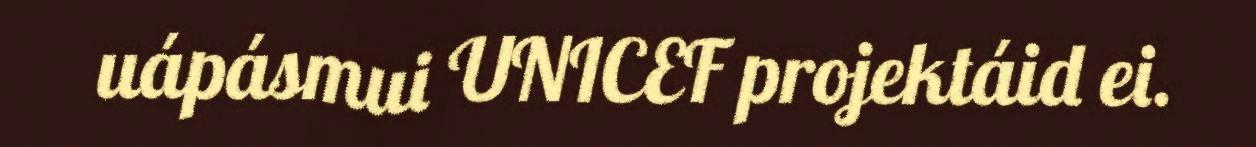
uápásmui UNICEF projektáid ei.